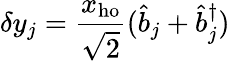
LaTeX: \delta y_{j}=\frac{x_{\mathrm{ho}}}{\sqrt{2}}(\hat{b}_{j}+\hat{b}_{j}^{\dagger})